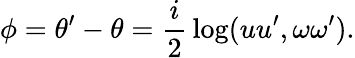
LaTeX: \phi=\theta^{\prime}-\theta={\frac{i}{2}}\log(uu^{\prime},\omega\omega^{\prime}).